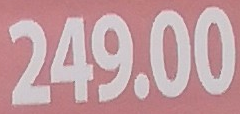
249.00